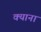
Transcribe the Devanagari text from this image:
क्याना